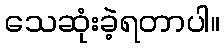
သေဆုံးခဲ့ရတာပါ။